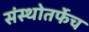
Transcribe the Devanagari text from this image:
संस्थोतर्फेच